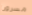
مسرورا